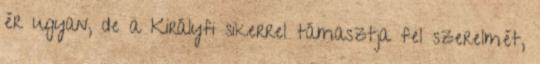
ér ugyan, de a Királyfi sikerrel támasztja fel szerelmét,